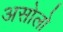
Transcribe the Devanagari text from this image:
असोलो